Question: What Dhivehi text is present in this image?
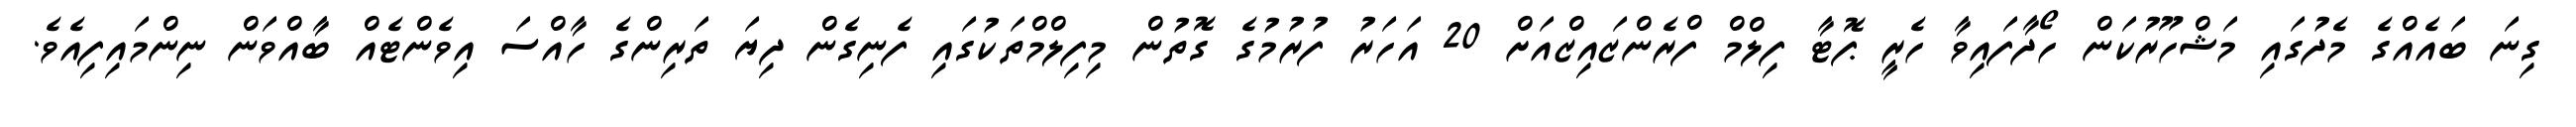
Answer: ގިނަ ބައެއްގެ މެދުގައި މަޝްހޫރުކަން ހޯދާފައިވާ ހެރީ ޕޮޓާ ފިލްމް ފްރެންޒައިޒްއަށް 20 އަހަރު ފުރުމުގެ ގޮތުން މިފިލްމްތަކުގައި ފެނިގެން ދިޔަ ތަރިންގެ ހާއްސަ އިވެންޓެއް ބާއްވަން ނިންމައިފިއެވެ.